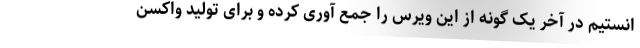
انستیم در آخر یک گونه از این ویرس را جمع آوری کرده و برای تولید واکسن